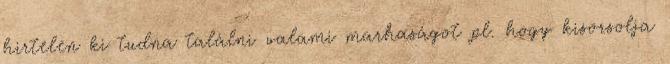
hirtelen ki tudna találni valami marhaságot pl. hogy kisorsolja